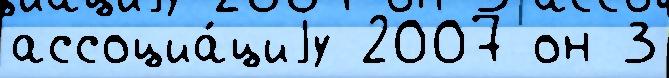
ассоциа́циjу 2007 он 3